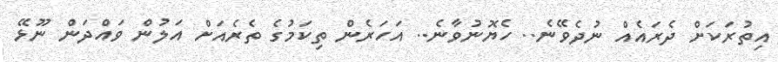
އިތުރަކަށް ދެރައެއް ނުދެވޭނެ.. ހެޔޮނުވާނެ.. އަހަރެން ތިކަމުގެ ތެރެއަށް އަލުން ވައްދަން ނޫޅޭ